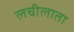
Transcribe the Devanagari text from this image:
लचीलाता